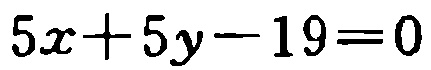
\(5x + 5y - 19 = 0\)